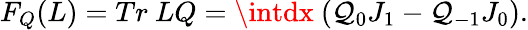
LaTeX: F_{Q}(L)=Tr{~}LQ=\intdx{~}(\mathcal{Q}_{0}J_{1}-\mathcal{Q}_{-1}J_{0}).